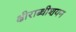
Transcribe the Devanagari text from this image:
क्षीराब्धीशयन